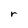
Character: r